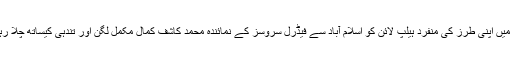
پاکستان میں اپنی طرز کی منفرد ہیلپ لائن کو اسلام آباد سے فیڈرل سروسز کے نمائندہ محمد کاشف کمال مکمل لگن اور تندہی کیساتھ چلا رہے ہیں ۔